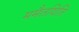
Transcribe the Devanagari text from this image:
ममैतयिति